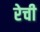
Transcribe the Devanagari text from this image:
रेची